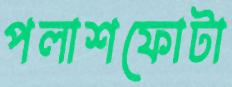
পলাশফোটা